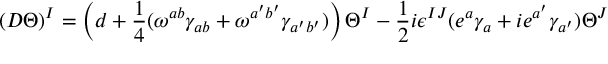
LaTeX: ( D \Theta ) ^ { I } = \left( d + { \frac { 1 } { 4 } } ( \omega ^ { a b } \gamma _ { a b } + \omega ^ { a ^ { \prime } b ^ { \prime } } \gamma _ { a ^ { \prime } b ^ { \prime } } ) \right) \Theta ^ { I } - { \frac { 1 } { 2 } } i \epsilon ^ { I J } ( e ^ { a } \gamma _ { a } + i e ^ { a ^ { \prime } } \gamma _ { a ^ { \prime } } ) \Theta ^ { J }